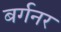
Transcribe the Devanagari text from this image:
बर्गनर